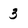
Character: 3